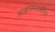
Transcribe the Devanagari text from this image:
आकलनशक्तीपेक्षा